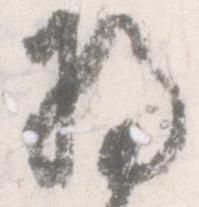
将